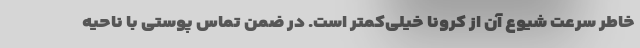
خاطر سرعت شیوع آن از کرونا خیلی‌کمتر است. در ضمن تماس پوستی با ناحیه